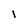
Character: 1